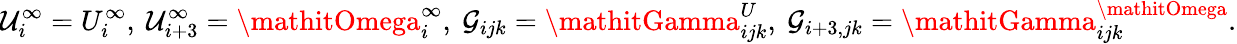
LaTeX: \mathcal{U}_{i}^{\infty}=U_{i}^{\infty},~\mathcal{U}_{i+3}^{\infty}=\mathitOmega_{i}^{\infty},~\mathcal{G}_{ijk}=\mathitGamma_{ijk}^{U},~\mathcal{G}_{i+3,jk}=\mathitGamma_{ijk}^{\mathitOmega}.